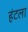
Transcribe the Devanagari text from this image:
हंटला